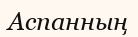
Аспанның